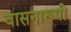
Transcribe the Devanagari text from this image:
वासनारूपी